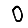
Digit: 0